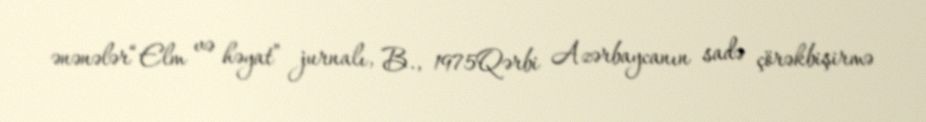
ənənələr“Elm və həyat” jurnalı, B., 1975Qərbi Azərbaycanın sadə çörəkbişirmə